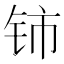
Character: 铈